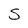
Character: S